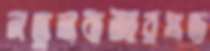
নতুনবাজারপ্রড